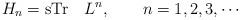
LaTeX: \begin{align*}H_{n} = {\rm sTr}\quad L^{n},\qquad n=1,2,3, \cdots\end{align*}